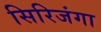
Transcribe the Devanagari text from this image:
सिरिजंगा